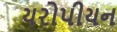
યરોપીયન